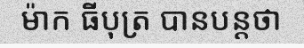
ម៉ាក ធីបុត្រ បានបន្តថា